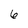
Character: 6